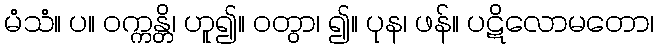
မံသံ။ ပ။ ဝက္ကန္တိ၊ ဟူ၍။ ဝတွာ၊ ၍။ ပုန၊ ဖန်။ ပဋိလောမတော၊